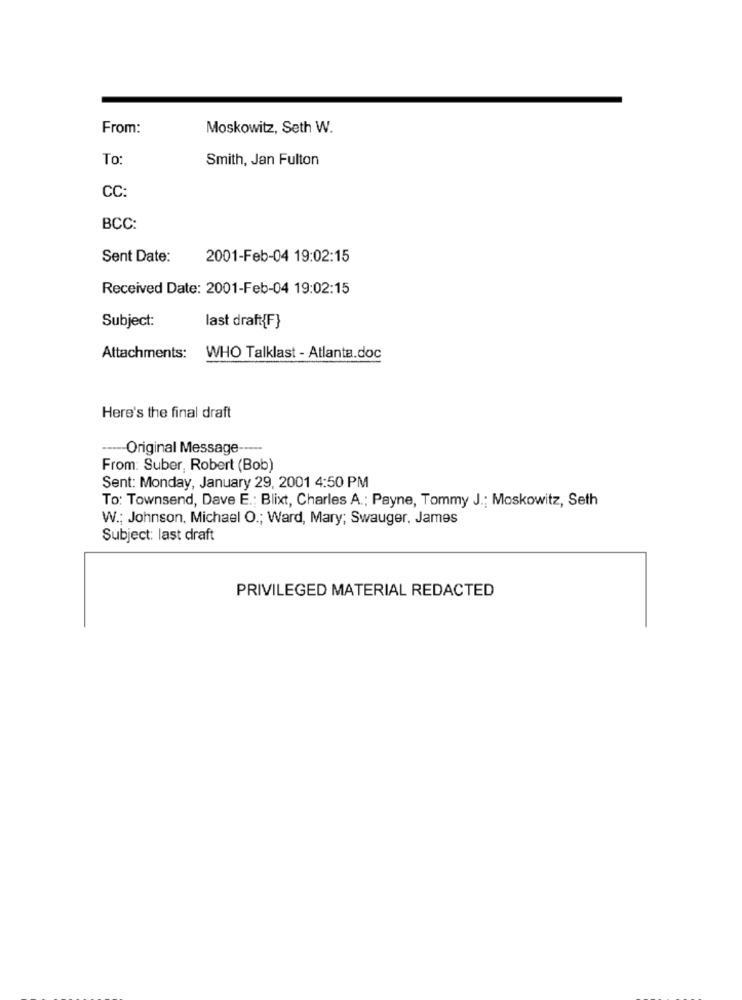
From:
Moskowitz, Seth W.
To:
Smith, Jan Fulton
CC:
BCC:
Sent Date:
2001-Feb-04 19:02:15
Received Date: 2001-Feb-04 19:02:15
Subject:
last draft{F}
Attachments:
WHO Talklast - Atlanta.doc
Here's the final draft
----- Original Message -----
From: Suber, Robert (Bob)
Sent: Monday, January 29, 2001 4:50 PM
To: Townsend, Dave E .; Blixt, Charles A .; Payne, Tommy J .; Moskowitz, Seth
W .; Johnson. Michael O .; Ward, Mary; Swauger, James
Subject: last draft
PRIVILEGED MATERIAL REDACTED